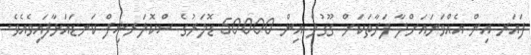
ފައަރ އިން އެއްވަނަައަށްދާ ފަރާތަކަށް ގޫގުލް އިން 50000 ޑޮލަރުގެ ސްކޮލަރޝިފް ކަނޑައަޅާފައިވެއެވެ.